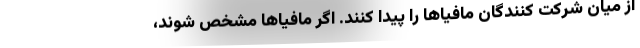
از میان شرکت کنندگان مافیاها را پیدا کنند. اگر مافیاها مشخص شوند،